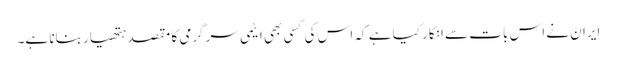
ایران نے اس بات سے انکار کیا ہے کہ اس کی کسی بھی ایٹمی سرگرمی کا مقصد ہتھیار بنانا ہے۔